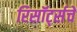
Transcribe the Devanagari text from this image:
रिसॉर्ट्सचे